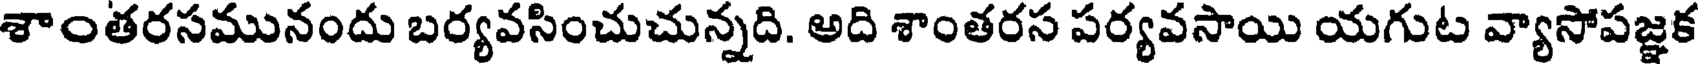
శాంతరసమునందు బర్యవసించుచున్నది. అది శాంతరస పర్యవసాయి యగుట వ్యాసోపజ్ఞక